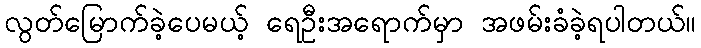
လွတ်မြောက်ခဲ့ပေမယ့် ရေဦးအရောက်မှာ အဖမ်းခံခဲ့ရပါတယ်။